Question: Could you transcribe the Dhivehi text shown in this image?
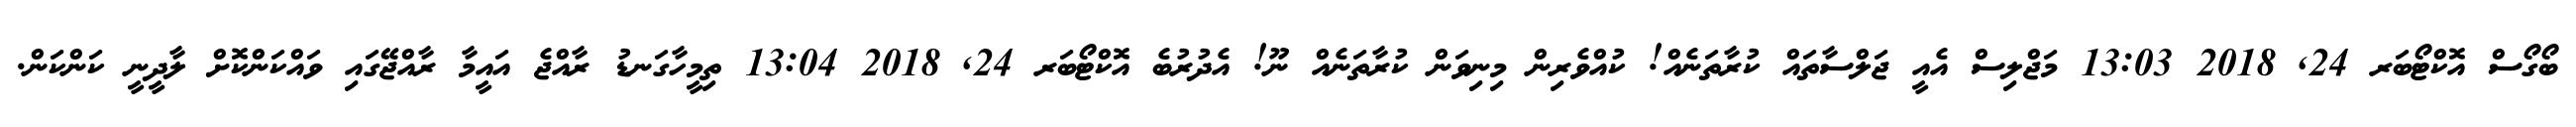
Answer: ބޯގޯސް އޮކްޓޯބަރ 24, 2018 13:03 މަޖްލިސް އެއީ ޖަލްސާތައް ކުރާތަނެއް! ކުއްވެރިން މިނިވަން ކުރާތަނެއް ނޫ! އެދުރުބެ އޮކްޓޯބަރ 24, 2018 13:04 ތިމީހާގަނޑު ރާއްޖެ އައީމާ ރާއްޖޭގައި ވައްކަންކޮށް ލާދީނީ ކަންކަން.